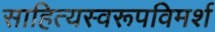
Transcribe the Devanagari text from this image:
साहित्यस्वरूपविमर्श